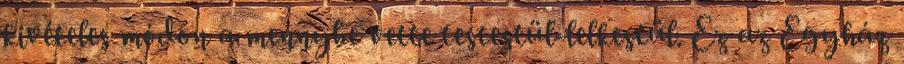
kivételes módon a mennybe vette testestül-lelkestül. Ez az Egyház